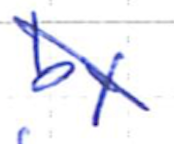
Text: by
Cross-out: diagonal
Writing tool: ballpoint